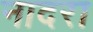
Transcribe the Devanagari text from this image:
नादरा